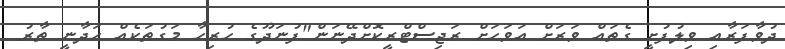
ދުވާފަރާއި ވިލުފުށީ ގެތައް ވަރަށް އަވަހަށް ރަޖިސްޓްރީކޮށްދޭނަން"ފުނަދޫގެ ހުރިހާ މަގުތަކެއް ހަދާނީ ތާރު